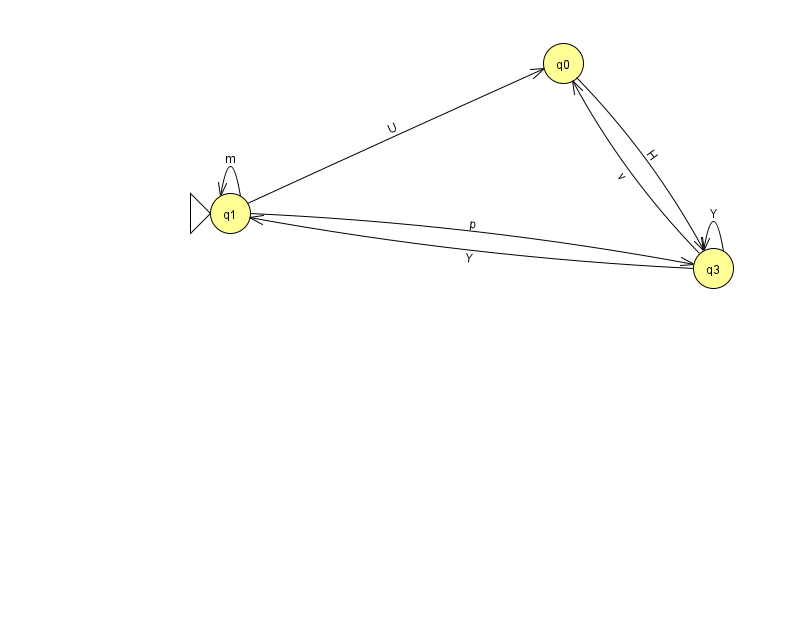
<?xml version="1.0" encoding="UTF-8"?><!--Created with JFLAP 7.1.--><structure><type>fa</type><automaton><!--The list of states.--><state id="0" name="q0"><x>563.0</x><y>50.0</y></state><state id="1" name="q1"><x>230.0</x><y>200.0</y><initial/></state><state id="3" name="q3"><x>713.0</x><y>255.0</y></state><!--The list of transitions.--><transition><from>1</from><to>0</to><read>U</read></transition><transition><from>1</from><to>3</to><read>p</read></transition><transition><from>3</from><to>0</to><read>v</read></transition><transition><from>3</from><to>3</to><read>Y</read></transition><transition><from>3</from><to>1</to><read>Y</read></transition><transition><from>0</from><to>3</to><read>H</read></transition><transition><from>1</from><to>1</to><read>m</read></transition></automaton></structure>